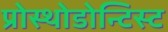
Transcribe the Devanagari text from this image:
प्रोस्थोडोन्टिस्ट